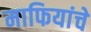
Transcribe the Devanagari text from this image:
माफियांचे